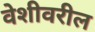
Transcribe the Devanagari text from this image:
वेशीवरील